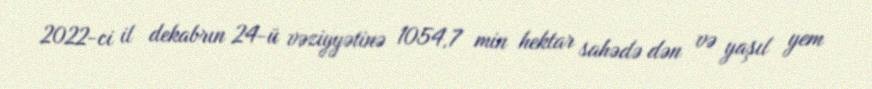
2022-ci il dekabrın 24-ü vəziyyətinə 1054,7 min hektar sahədə dən və yaşıl yem